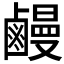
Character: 𪉽